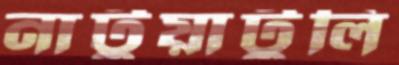
নাটুয়াটুলি